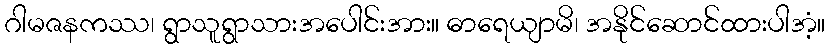
ဂါမဇနကဿ၊ ရွာသူရွာသားအပေါင်းအား။ ဓာရေယျာမိ၊ အနိုင်ဆောင်ထားပါအံ့။